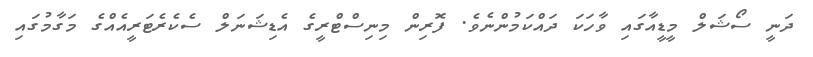
ދަނީ ސޯޝަލް މީޑީއާގައި ވާހަކަ ދައްކަމުންނެވެ. ފޮރިން މިނިސްޓްރީގެ އެޑިޝަނަލް ސެކެރެޓަރީއެއްގެ މަގާމުގައި